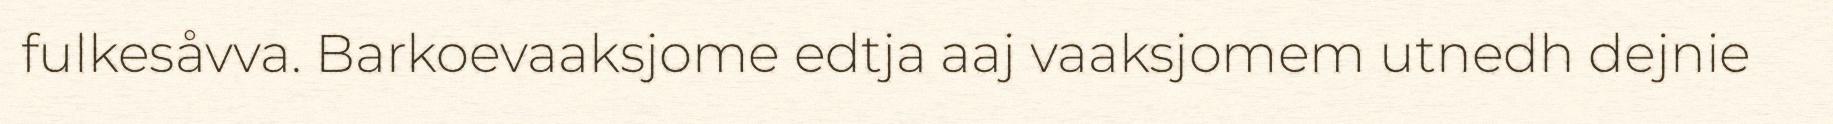
fulkesåvva. Barkoevaaksjome edtja aaj vaaksjomem utnedh dejnie